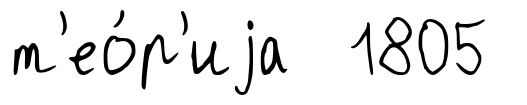
т'ео́р'иjа 1805